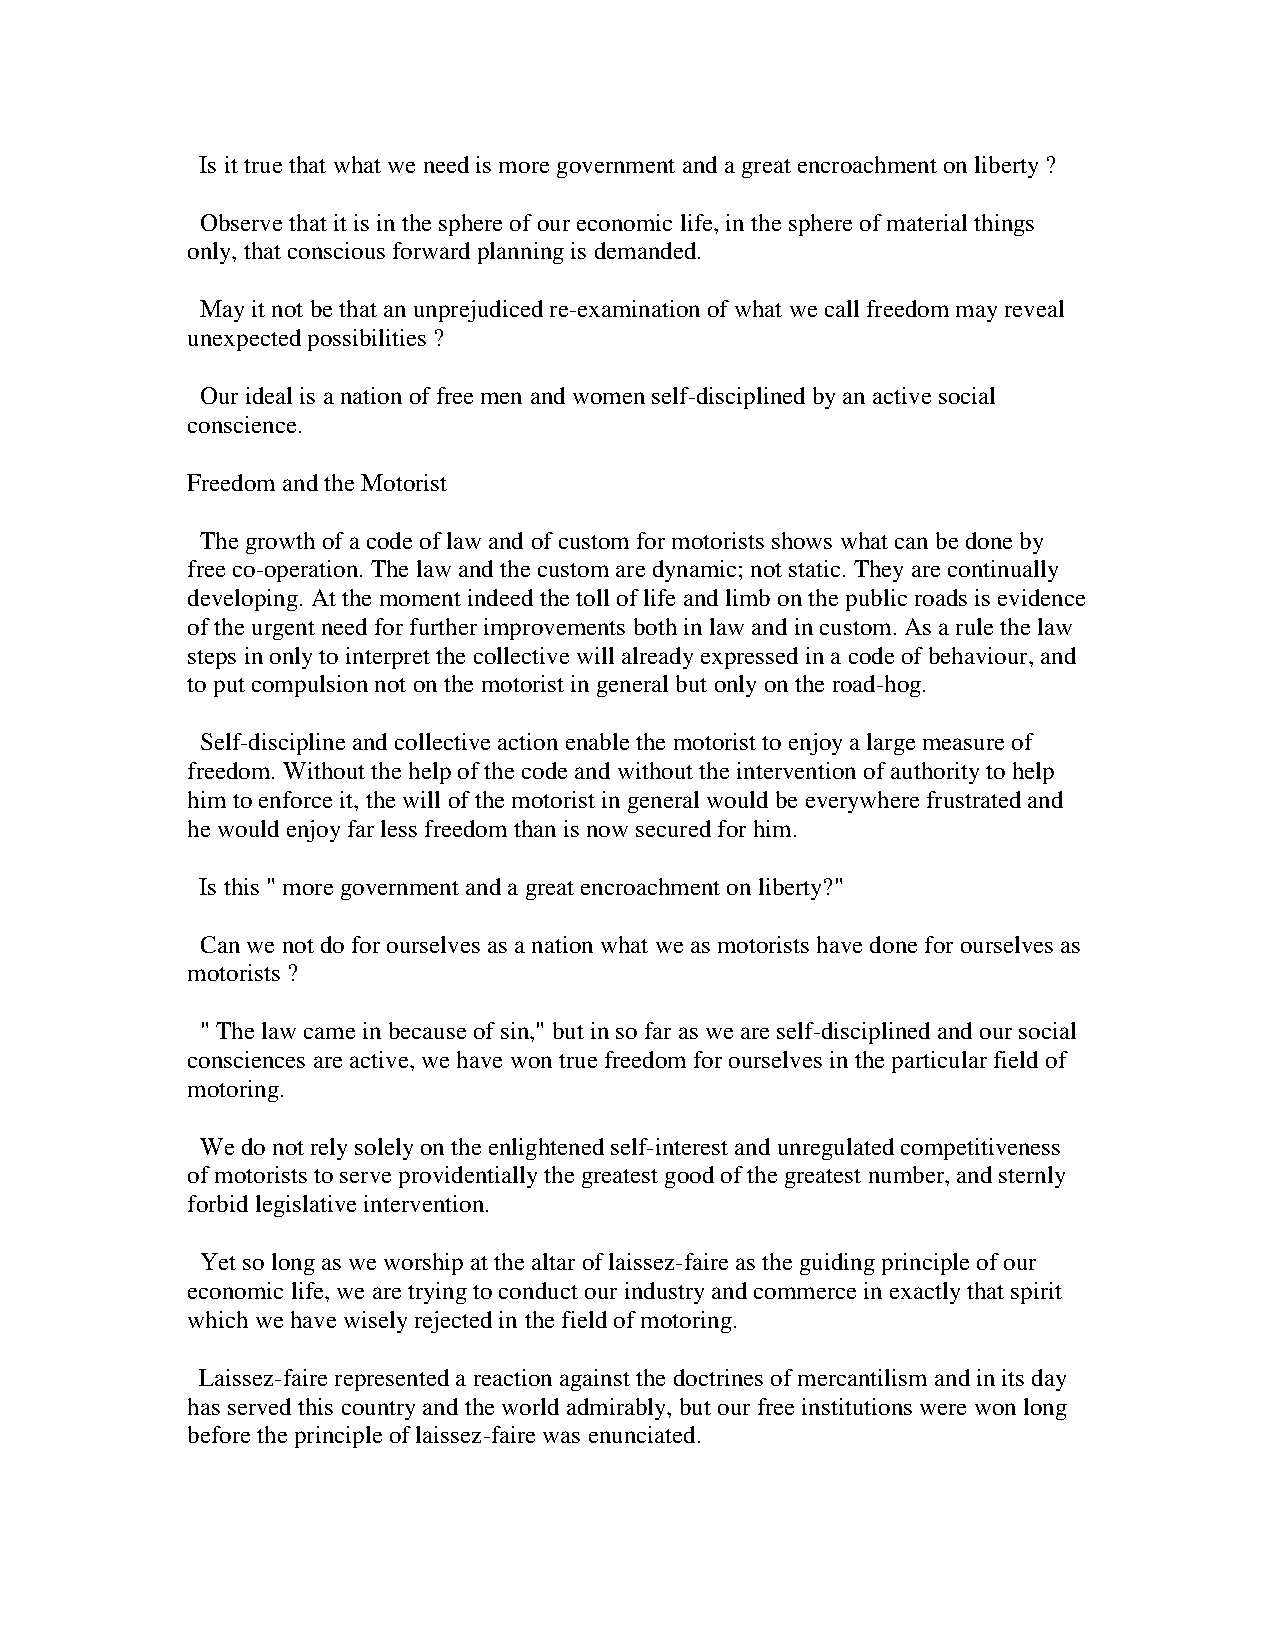
Is it true that what we need is more government and a great encroachment on liberty ?
 Observe that it is in the sphere of our economic life, in the sphere of material things
 only, that conscious forward planning is demanded.
 May it not be that an unprejudiced re-examination of what we call freedom may reveal
 unexpected possibilities ?
 Our ideal is a nation of free men and women self-disciplined by an active social
 conscience.
 Freedom and the Motorist
 The growth of a code of law and of custom for motorists shows what can be done by
 free co-operation. The law and the custom are dynamic; not static. They are continually
 developing. At the moment indeed the toll of life and limb on the public roads is evidence
 of the urgent need for further improvements both in law and in custom. As a rule the law
 steps in only to interpret the collective will already expressed in a code of behaviour, and
 to put compulsion not on the motorist in general but only on the road-hog.
 Self-discipline and collective action enable the motorist to enjoy a large measure of
 freedom. Without the help of the code and without the intervention of authority to help
 him to enforce it, the will of the motorist in general would be everywhere frustrated and
 he would enjoy far less freedom than is now secured for him.
 Is this " more government and a great encroachment on liberty?"
 Can we not do for ourselves as a nation what we as motorists have done for ourselves as
 motorists ?
 " The law came in because of sin," but in so far as we are self-disciplined and our social
 consciences are active, we have won true freedom for ourselves in the particular field of
 motoring.
 We do not rely solely on the enlightened self-interest and unregulated competitiveness
 of motorists to serve providentially the greatest good of the greatest number, and sternly
 forbid legislative intervention.
 Yet so long as we worship at the altar of laissez-faire as the guiding principle of our
 economic life, we are trying to conduct our industry and commerce in exactly that spirit
 which we have wisely rejected in the field of motoring.
 Laissez-faire represented a reaction against the doctrines of mercantilism and in its day
 has served this country and the world admirably, but our free institutions were won long
 before the principle of laissez-faire was enunciated.